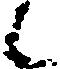
候